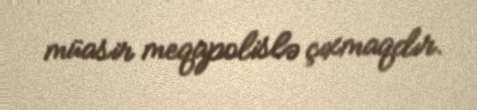
müasir meqapolislə çıxmaqdır.